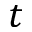
t